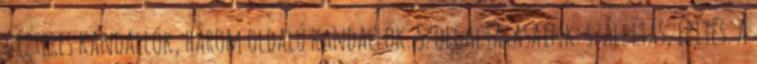
vízteres kandallók, három oldalú kandallók. Szolgáltatásaink: szállítás, építés. A